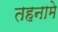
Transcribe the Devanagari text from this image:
तहनामे